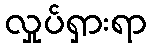
လှုပ်ရှားရာ